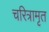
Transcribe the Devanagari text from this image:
चरित्रामृत